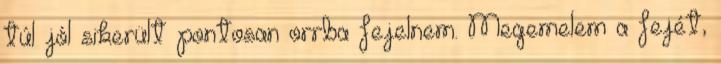
túl jól sikerült pontosan orrba fejelnem. Megemelem a fejét,